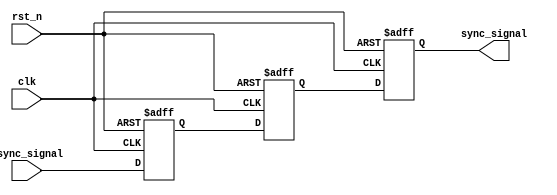
module async_to_sync_converter (
    input wire clk,               // Clock signal from the synchronous domain
    input wire rst_n,             // Active low reset signal
    input wire async_signal,      // Asynchronous input signal
    output reg sync_signal        // Synchronized output signal
);

// Internal signals for the two-stage flip-flop synchronization
reg stage1;
reg stage2;

// Synchronous process to sample the asynchronous input
always @(posedge clk or negedge rst_n) begin
    if (!rst_n) begin
        // Reset the stages on reset
        stage1 <= 1'b0;
        stage2 <= 1'b0;
        sync_signal <= 1'b0;
    end else begin
        // First stage: sample the asynchronous input
        stage1 <= async_signal;
        // Second stage: sample the output of the first stage
        stage2 <= stage1;
        // Output the synchronized signal
        sync_signal <= stage2;
    end
end

endmodule